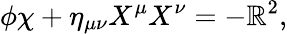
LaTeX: \phi\chi+\eta_{\mu\nu}X^{\mu}X^{\nu}=-\mathbb{R}^{2},